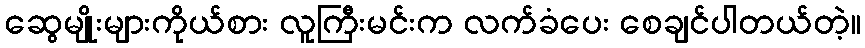
ဆွေမျိုးများကိုယ်စား လူကြီးမင်းက လက်ခံပေး စေချင်ပါတယ်တဲ့။